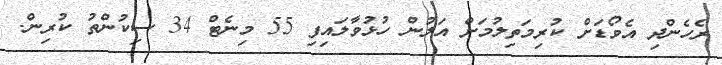
ރެހެންދި އެވޯޑަށް ކުރިމަތިލުމަށް އަލުން ހުޅުވާލައިފި 55 މިނެޓް 34 ސިކުންތު ކުރިން.